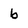
Character: b